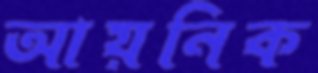
আয়নিক